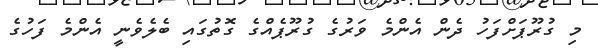
މި ގުރޫޕަށްފަހު ދެން އެންމެ ވަރުގެ ގުރޫޕެއްގެ ގޮތުގައި ބެލެވެނީ އެންމެ ފަހުގެ